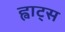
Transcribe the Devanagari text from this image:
ह्वाट्‍स